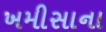
ખમીસાના